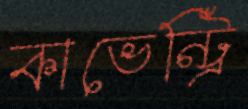
কাভেন্ট্রি